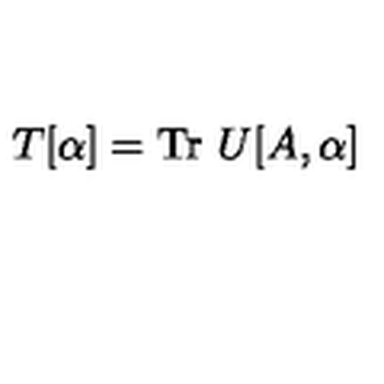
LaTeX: T [ \alpha ] = \mathrm { T r } \ U [ A , \alpha ]